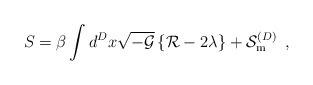
\begin{align*}S=\beta\int d^Dx\sqrt{-{\cal{G}}}\left\{{\cal{R}} -2 \lambda\right\} +{\cal{S}}^{(D)}_{\rm{m}}\,\,\,,\end{align*}